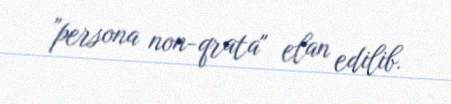
”persona non-qrata" elan edilib.